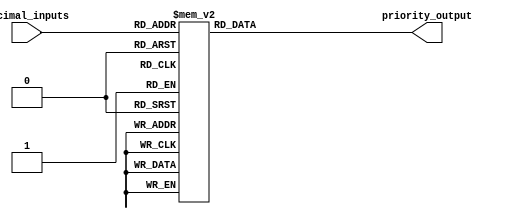
module decimal_priority_encoder (
    input [3:0] decimal_inputs,
    output reg [2:0] priority_output
);

always @(*) begin
    case(decimal_inputs)
        4'b0000: priority_output = 3'b000; // no inputs
        4'b0001: priority_output = 3'b000; // input 1 has the highest priority
        4'b0010: priority_output = 3'b001; // input 2 has the highest priority
        4'b0011: priority_output = 3'b001; // input 2 has the highest priority
        4'b0100: priority_output = 3'b010; // input 3 has the highest priority
        4'b0101: priority_output = 3'b010; // input 3 has the highest priority
        4'b0110: priority_output = 3'b010; // input 3 has the highest priority
        4'b0111: priority_output = 3'b010; // input 3 has the highest priority
        4'b1000: priority_output = 3'b011; // input 4 has the highest priority
        4'b1001: priority_output = 3'b011; // input 4 has the highest priority
        4'b1010: priority_output = 3'b011; // input 4 has the highest priority
        4'b1011: priority_output = 3'b011; // input 4 has the highest priority
        4'b1100: priority_output = 3'b011; // input 4 has the highest priority
        4'b1101: priority_output = 3'b011; // input 4 has the highest priority
        4'b1110: priority_output = 3'b011; // input 4 has the highest priority
        4'b1111: priority_output = 3'b011; // input 4 has the highest priority
    endcase
end

endmodule